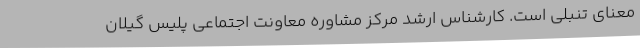
معنای تنبلی است. کارشناس ارشد مرکز مشاوره معاونت اجتماعی پلیس گیلان